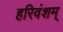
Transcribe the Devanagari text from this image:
हरिवंशम्